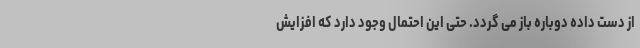
از دست داده دوباره باز می گردد. حتی این احتمال وجود دارد که افزایش